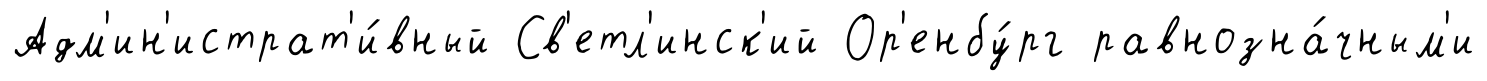
Адм'ин'истрат'и́вный Св'етл'инск'ий Ор'енбу́рг равнозна́чным'и